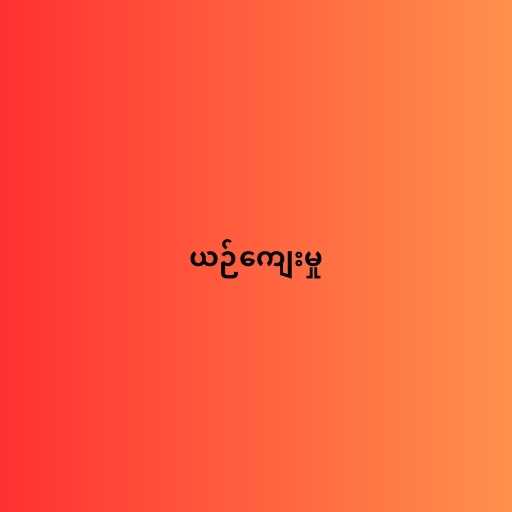
ယဉ်ကျေးမှု